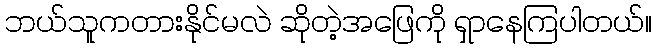
ဘယ်သူကတားနိုင်မလဲ ဆိုတဲ့အဖြေကို ရှာနေကြပါတယ်။